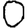
Digit: 0